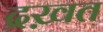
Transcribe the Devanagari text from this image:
द्रख़त